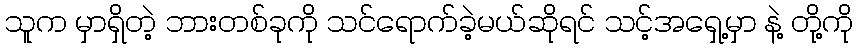
သူက မှာရှိတဲ့ ဘားတစ်ခုကို သင်ရောက်ခဲ့မယ်ဆိုရင် သင့်အရှေ့မှာ နဲ့ တို့ကို